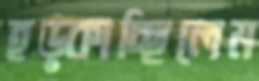
হড়্‌কাচ্ছিলেম